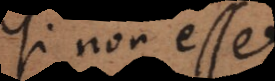
si non esset